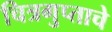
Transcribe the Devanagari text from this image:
चित्रगुप्ताचे